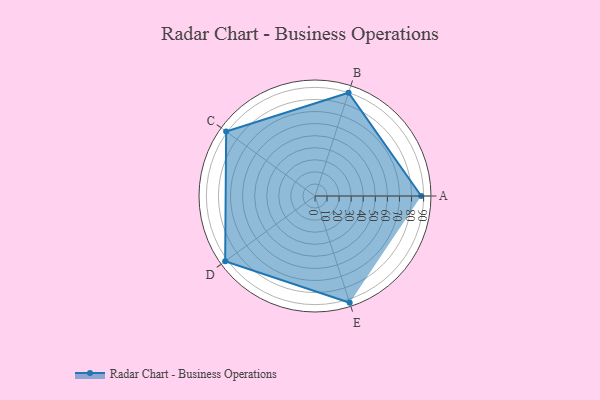
{"axis": {"x": "Skill", "y": "Score"}, "legend": ["Profile"], "data": [{"x": "A", "y": 88.0, "type": "Profile"}, {"x": "B", "y": 90.0, "type": "Profile"}, {"x": "C", "y": 91.0, "type": "Profile"}, {"x": "D", "y": 92.0, "type": "Profile"}, {"x": "E", "y": 93.0, "type": "Profile"}]}